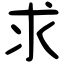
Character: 求